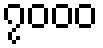
၇၀၀၀